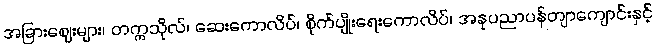
အခြားဈေးများ၊ တက္ကသိုလ်၊ ဆေးကောလိပ်၊ စိုက်ပျိုးရေးကောလိပ်၊ အနုပညာပန်တျာကျောင်းနှင့်